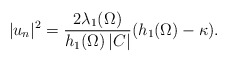
\begin{align*} |u_n|^2 = \frac{2 \lambda_1(\Omega)}{h_1(\Omega)\,|C|} (h_1(\Omega) - \kappa ) .\end{align*}